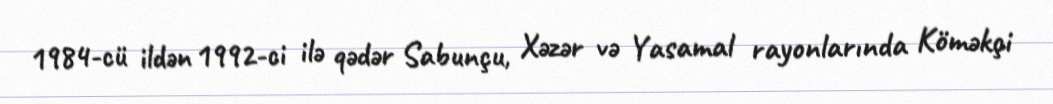
1984-cü ildən 1992-ci ilə qədər Sabunçu, Xəzər və Yasamal rayonlarında Köməkçi